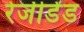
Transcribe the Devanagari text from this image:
रेजीडेंड